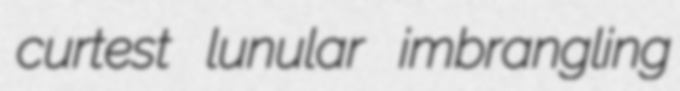
curtest lunular imbrangling